Document type: Enfranchisement
Year: 1297
Scribe: Jaume de Trilla
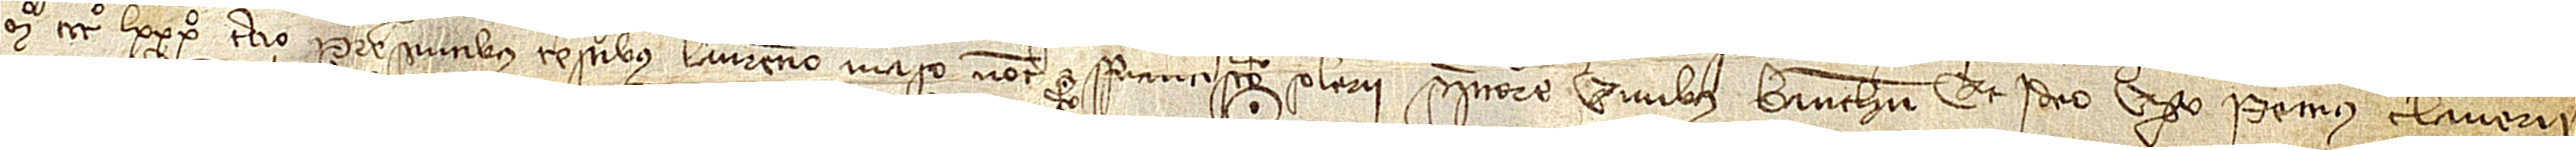
Mº CCCº LXXXº tercio, presentibus testibus Laurencio Maso, notario, et Francisco Solerii, scriptore, civibus Barchinone, et ideo ego Petrus Claverii,